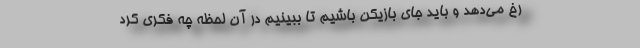
رخ می‌دهد و باید جای بازیکن باشیم تا ببینیم در آن لحظه چه فکری کرد